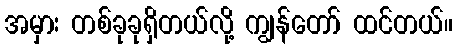
အမှား တစ်ခုခုရှိတယ်လို့ ကျွန်တော် ထင်တယ်။